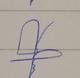
Signature authenticity: forged